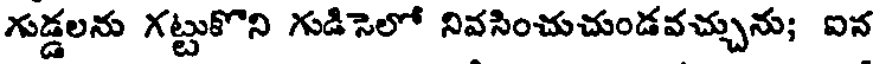
గుడ్డలను గట్టుకొని గుడిసెలో నివసించుచుండవచ్చును; ఐన